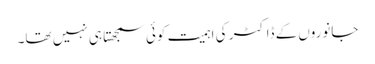
جانوروں‌کے ڈاکٹر کی اہمیت کوئی سمجھتا ہی نہیں تھا۔